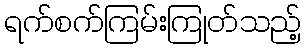
ရက်စက်ကြမ်းကြုတ်သည့်